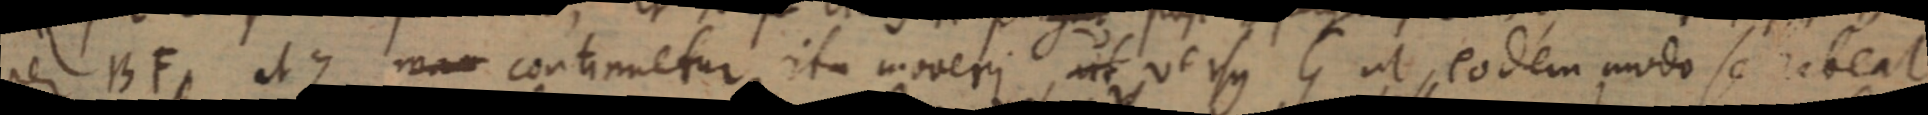
per BF et Z man continuetur ita moveri, ut versus G ut, eodem modo se habeat